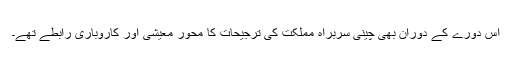
اس دورے کے دوران بھی چینی سربراہ مملکت کی ترجیحات کا محور معیشی اور کاروباری رابطے تھے۔